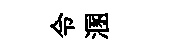
令溷